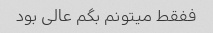
ففقط میتونم بگم عالی بود